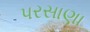
પરસાણા